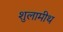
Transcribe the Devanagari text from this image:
शुलामीथ